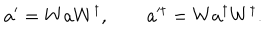
a ^ { \prime } = W a W ^ { \dagger } , \qquad a ^ { \prime \dagger } = W a ^ { \dagger } W ^ { \dagger } .